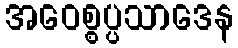
အဝေစ္စပ္ပသာဒေန